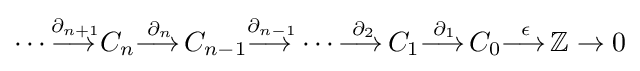
\dotsb {\overset {\partial _{n+1}}{\longrightarrow \,}}C_{n}{\overset {\partial _{n}}{\longrightarrow \,}}C_{n-1}{\overset {\partial _{n-1}}{\longrightarrow \,}}\dotsb {\overset {\partial _{2}}{\longrightarrow \,}}C_{1}{\overset {\partial _{1}}{\longrightarrow \,}}C_{0}{\overset {\epsilon }{\longrightarrow \,}}\mathbb {Z} \to 0